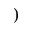
)